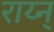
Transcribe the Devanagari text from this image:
राय्न्